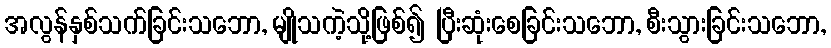
အလွန်နှစ်သက်ခြင်းသဘော, မျိုသကဲ့သို့ဖြစ်၍ ပြီးဆုံးစေခြင်းသဘော, စီးသွားခြင်းသဘော,